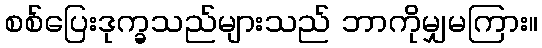
စစ်ပြေးဒုက္ခသည်များသည် ဘာကိုမျှမကြား။